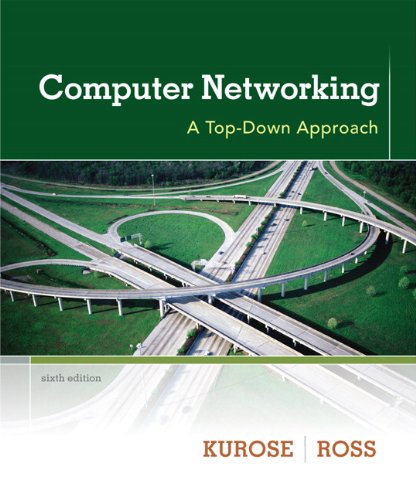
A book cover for Computer Networking: A Top-Down Approach (6th Edition); James F. Kurose; Engineering & Transportation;